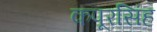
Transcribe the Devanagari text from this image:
कपूरसिंह